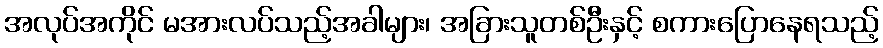
အလုပ်အကိုင် မအားလပ်သည့်အခါများ၊ အခြားသူတစ်ဦးနှင့် စကားပြောနေရသည့်